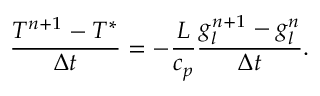
\frac { T ^ { n + 1 } - T ^ { * } } { \Delta t } = - \frac { L } { c _ { p } } \frac { g _ { l } ^ { n + 1 } - g _ { l } ^ { n } } { \Delta t } .